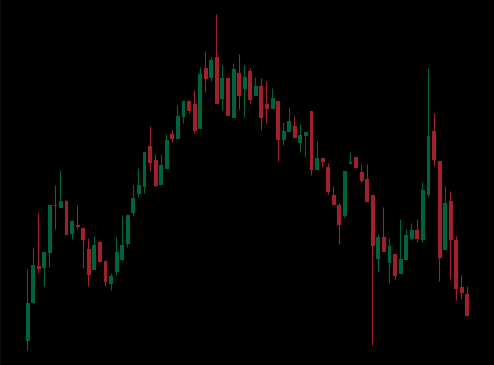
Pattern: head_shoulders